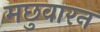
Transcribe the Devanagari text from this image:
मछुवारन